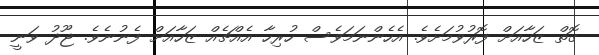
ގޮތް ޒަހާއަށް ފޮރުވުމަށެވެ. އެހެންނަމަވެސް ހުރިހާ އެއްޗެއް ޒަހާއަށް ފެނުނެވެ. ޖޫދު ވަނީ